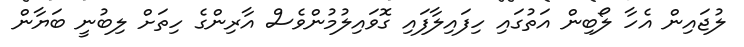
ލުޖައިން އެހާ ލޯބިން އަތުގައި ހިފައިލާފައި ގޮވައިލުމުންވެސް އާރިންގެ ހިތަށް ލިބުނީ ބަޔާން